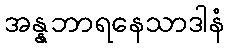
အန္နဘာရနေသာဒါနံ